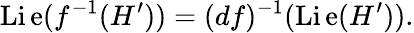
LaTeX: \operatorname{Li\mathrm{e}}(f^{-1}(H^{\prime}))=(df)^{-1}(\operatorname{Li\mathrm{e}}(H^{\prime})).